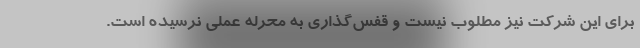
برای این شرکت‌ نیز مطلوب نیست و قفس‌گذاری به محرله عملی نرسیده است.